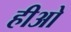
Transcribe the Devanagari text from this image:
हीओ